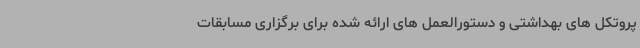
پروتکل های بهداشتی و دستورالعمل های ارائه شده برای برگزاری مسابقات